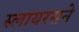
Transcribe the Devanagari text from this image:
स्लायरसने